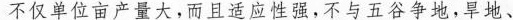
不仅单位亩产量大，而且适应性强，不与五谷争地，旱地、